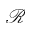
\mathcal { R }